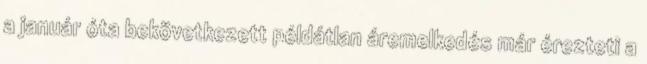
a január óta bekövetkezett példátlan áremelkedés már érezteti a